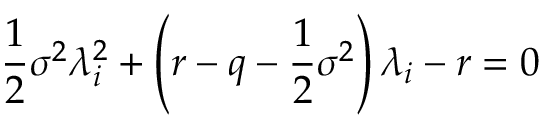
{ \frac { 1 } { 2 } } \sigma ^ { 2 } \lambda _ { i } ^ { 2 } + \left( r - q - { \frac { 1 } { 2 } } \sigma ^ { 2 } \right) \lambda _ { i } - r = 0